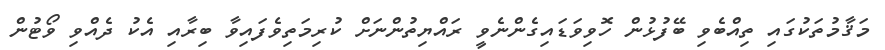
މަޤާމުތަކުގައި ތިއްބެވި ބޭފުޅުން ހޮވިވަޑައިގެންނެވީ ރައްޔިތުންނަށް ކުރިމަތިވެފައިވާ ބިރާއި އެކު ދެއްވި ވޯޓުން